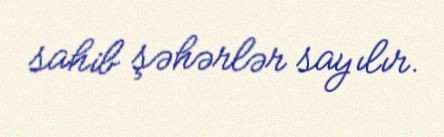
sahib şəhərlər sayılır.